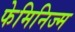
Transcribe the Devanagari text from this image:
फेमिनिज्म